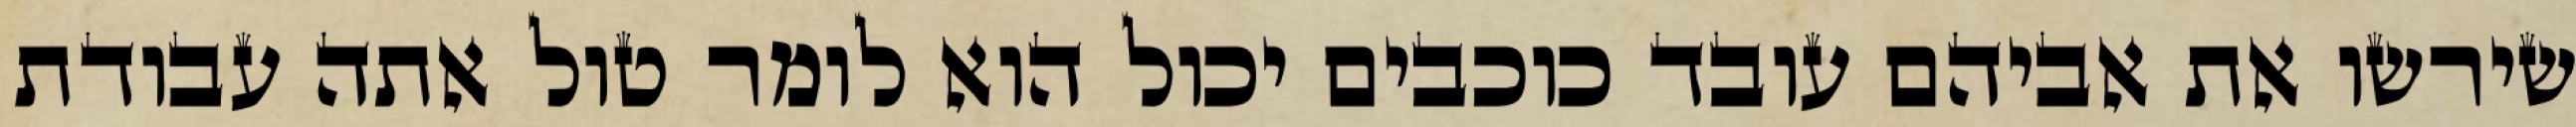
שירשו את אביהם עובד כוכבים יכול הוא לומר טול אתה עבודת